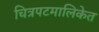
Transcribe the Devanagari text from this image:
चित्रपटमालिकेत